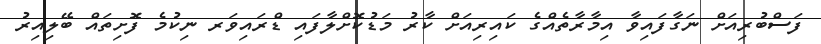
ފަސްބުރިއަށް ނަގާފައިވާ އިމާރާތެއްގެ ކައިރިއަށް ކާރު މަޑުކޮށްލާފައި ޑްރައިވަރ ނިކުމެ ފޮށިތައް ބޭލިއިރު